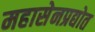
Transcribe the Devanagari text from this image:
महासेनप्रद्योत